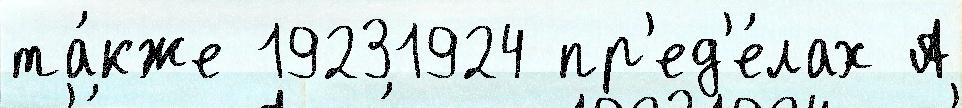
та́кже 19231924 пр'ед'е́лах А